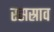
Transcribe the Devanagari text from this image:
रसस्राव